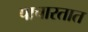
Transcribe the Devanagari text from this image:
पाचारतात